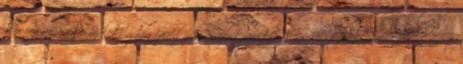
nem fogadja egerszalóki gyógyfürdőjében, üzletpolitikai megfontolásból. „Túl sok időt